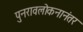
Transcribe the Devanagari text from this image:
पुनरावलोकनानंतर